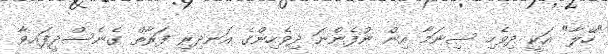
"ހޭލާ" އަކީ ދިވެހި ސިނަމާ އިން ނުފެންނަ ދިވެހިންގެ އަނދިރި ފަރާތް ގެނެސްދީފައިވާ